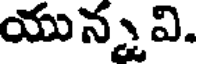
యున్నవి.